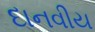
દાનવીય